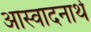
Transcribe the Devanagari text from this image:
आस्वादनार्थ